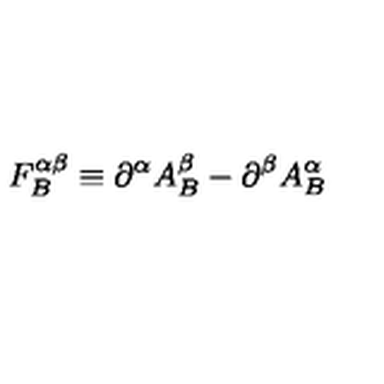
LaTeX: F _ { B } ^ { \alpha \beta } \equiv \partial ^ { \alpha } A _ { B } ^ { \beta } - \partial ^ { \beta } A _ { B } ^ { \alpha }